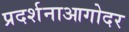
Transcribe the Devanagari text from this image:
प्रदर्शनाआगोदर